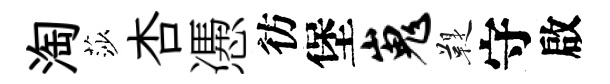
淘莎杏慿彷堡嵬鞮守啟